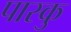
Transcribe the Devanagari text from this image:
पास्कु